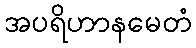
အပရိဟာနမေတံ